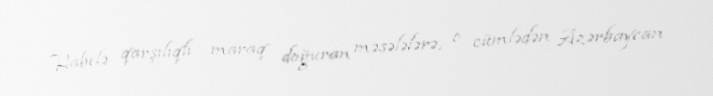
Habelə qarşılıqlı maraq doğuran məsələlərə, o cümlədən Azərbaycan